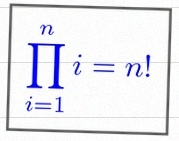
\prod_{i=1}^{n}i=n!